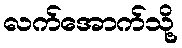
လက်အောက်သို့